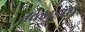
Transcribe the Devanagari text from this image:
तब्लाडोस